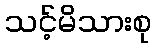
သင့်မိသားစု